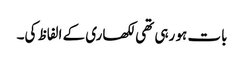
بات ہو رہی تھی لکھاری کے الفاظ کی۔